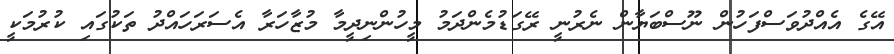
އޭގެ އެއްދުވަސްފަހުން ނޫސްބަޔާން ނެރުނީ ރޭގަޑުމެންދަމު މީހުންނިދީމާ މުޒާހަރާ އެސަރަހައްދު ތަކުގައި ކުރުމަކީ